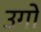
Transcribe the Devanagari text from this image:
उगो